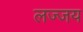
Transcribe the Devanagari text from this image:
लज्जय